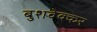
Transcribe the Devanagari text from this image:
बुशवेक्कर